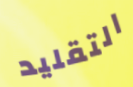
التقليد